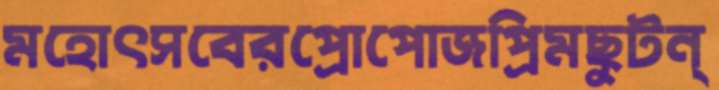
মহোৎসবেরপ্রোপোজপ্রিমছুটন্